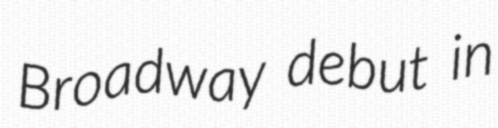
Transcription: Broadway debut in